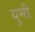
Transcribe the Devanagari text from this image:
युमी